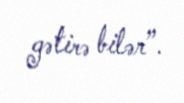
gətirə bilər”.